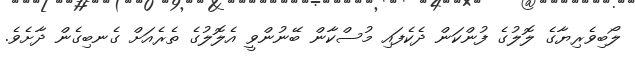
ލޯބިވެރިޔާގެ ލޮލުގެ ފުންކަން ދެކެފައި މުސްކާން ބޭނުންވީ އެލޮލުގެ ތެރެއަށް ގެނބިގެން ދާށެވެ.